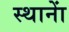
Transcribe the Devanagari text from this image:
स्थानाें